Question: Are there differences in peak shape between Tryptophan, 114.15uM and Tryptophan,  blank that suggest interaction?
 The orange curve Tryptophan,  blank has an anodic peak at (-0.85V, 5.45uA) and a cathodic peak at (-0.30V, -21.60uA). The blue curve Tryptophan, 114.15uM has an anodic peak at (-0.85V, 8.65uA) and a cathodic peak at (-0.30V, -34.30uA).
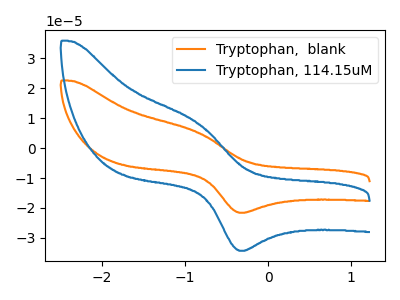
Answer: <think>All the peaks in "Tryptophan, 114.15uM" have a peak in "Tryptophan,  blank" at the same potential. Every peak in "Tryptophan, 114.15uM" is higher than every peak in "Tryptophan,  blank".
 </think>
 <answer>No, "Tryptophan, 114.15uM" and "Tryptophan,  blank" don't appear to be significantly different in shape</answer>
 <eval>no_change</eval>